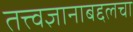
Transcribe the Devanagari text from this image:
तत्त्वज्ञानाबद्दलचा